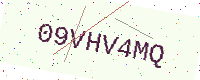
Text: 09VHV4MQ